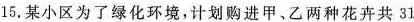
15. 某小区为了绿化环境，计划购进甲、乙两种花卉共 31